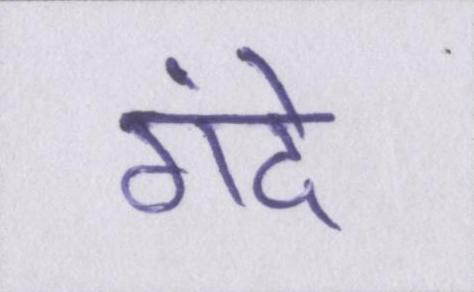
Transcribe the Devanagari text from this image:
गंदे